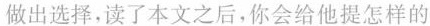
做出选择，读了本文之后，你会给他提怎样的